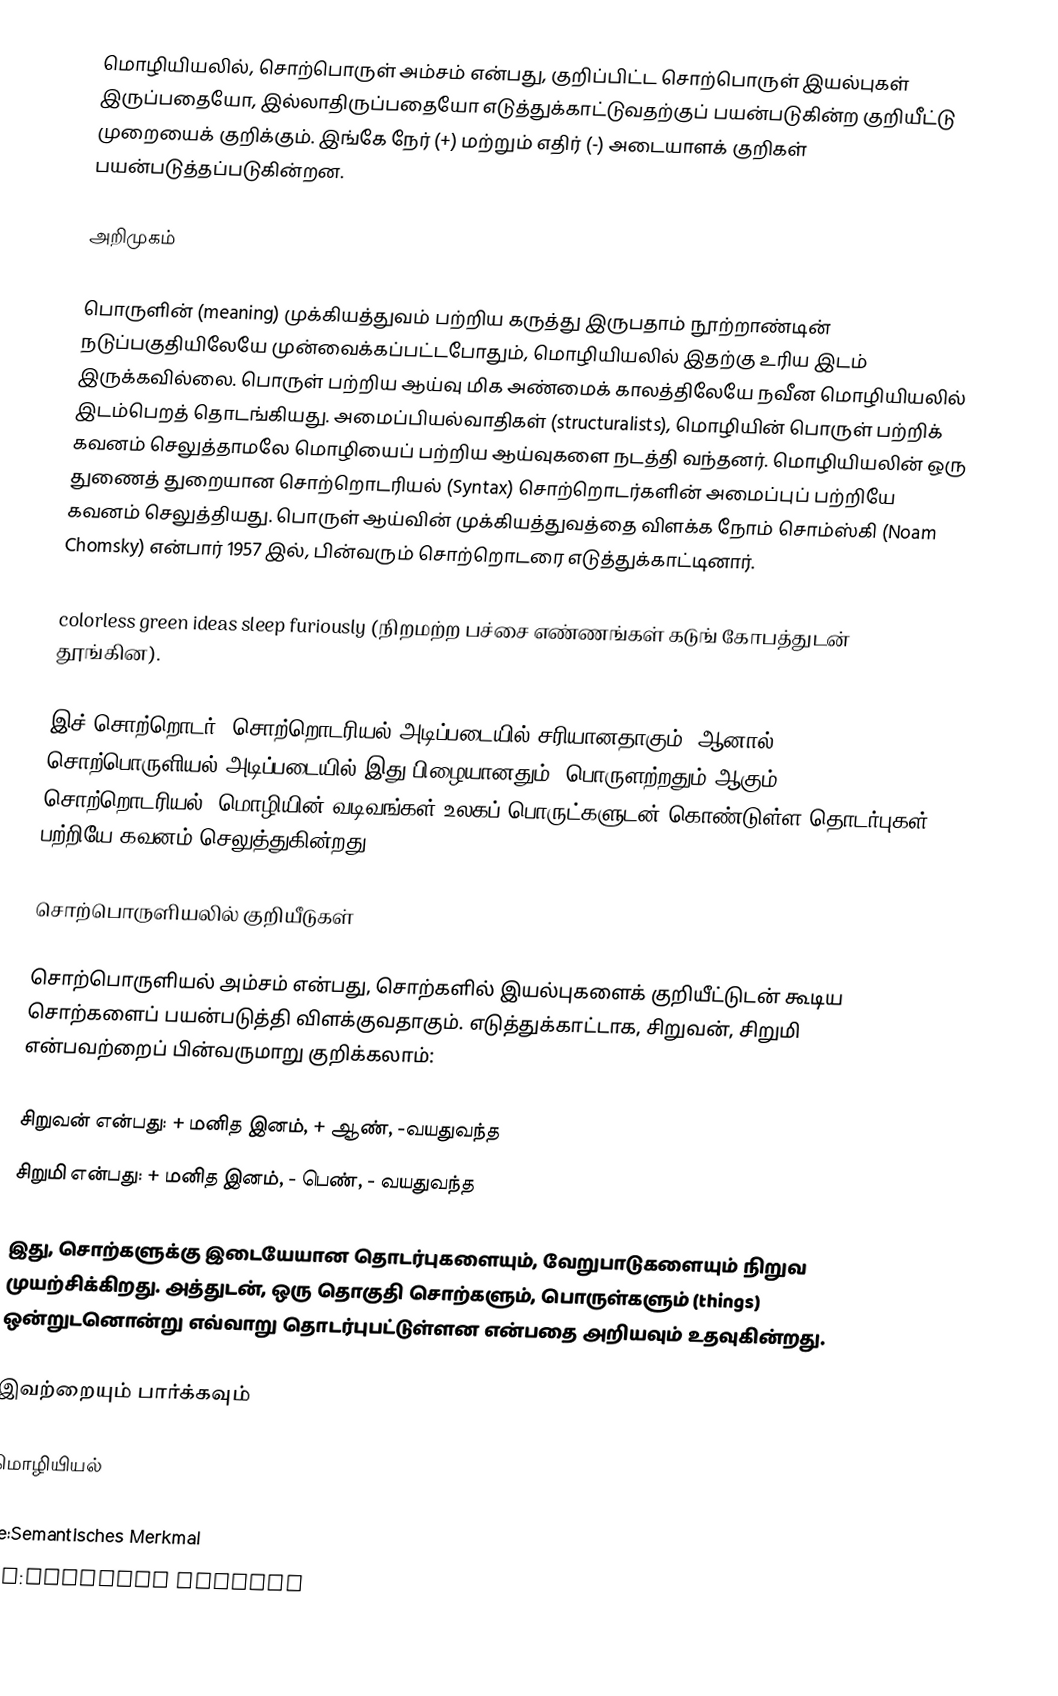
மொழியியலில், சொற்பொருள் அம்சம் என்பது, குறிப்பிட்ட சொற்பொருள் இயல்புகள் இருப்பதையோ, இல்லாதிருப்பதையோ எடுத்துக்காட்டுவதற்குப் பயன்படுகின்ற குறியீட்டு முறையைக் குறிக்கும். இங்கே நேர் (+) மற்றும் எதிர் (-) அடையாளக் குறிகள் பயன்படுத்தப்படுகின்றன.

அறிமுகம்

பொருளின் (meaning) முக்கியத்துவம் பற்றிய கருத்து இருபதாம் நூற்றாண்டின் நடுப்பகுதியிலேயே முன்வைக்கப்பட்டபோதும், மொழியியலில் இதற்கு உரிய இடம் இருக்கவில்லை. பொருள் பற்றிய ஆய்வு மிக அண்மைக் காலத்திலேயே நவீன மொழியியலில் இடம்பெறத் தொடங்கியது. அமைப்பியல்வாதிகள் (structuralists), மொழியின் பொருள் பற்றிக் கவனம் செலுத்தாமலே மொழியைப் பற்றிய ஆய்வுகளை நடத்தி வந்தனர். மொழியியலின் ஒரு துணைத் துறையான சொற்றொடரியல் (Syntax) சொற்றொடர்களின் அமைப்புப் பற்றியே கவனம் செலுத்தியது. பொருள் ஆய்வின் முக்கியத்துவத்தை விளக்க நோம் சொம்ஸ்கி (Noam Chomsky) என்பார் 1957 இல், பின்வரும் சொற்றொடரை எடுத்துக்காட்டினார்.

 colorless green ideas sleep furiously (நிறமற்ற பச்சை எண்ணங்கள் கடுங் கோபத்துடன் தூங்கின).

இச் சொற்றொடர், சொற்றொடரியல் அடிப்படையில் சரியானதாகும். ஆனால், சொற்பொருளியல் அடிப்படையில் இது பிழையானதும், பொருளற்றதும் ஆகும். சொற்றொடரியல், மொழியின் வடிவங்கள் உலகப் பொருட்களுடன் கொண்டுள்ள தொடர்புகள் பற்றியே கவனம் செலுத்துகின்றது.

சொற்பொருளியலில் குறியீடுகள்

சொற்பொருளியல் அம்சம் என்பது, சொற்களில் இயல்புகளைக் குறியீட்டுடன் கூடிய சொற்களைப் பயன்படுத்தி விளக்குவதாகும். எடுத்துக்காட்டாக, சிறுவன், சிறுமி என்பவற்றைப் பின்வருமாறு குறிக்கலாம்:

 சிறுவன் என்பது: + மனித இனம், + ஆண், -வயதுவந்த
 சிறுமி என்பது: + மனித இனம், - பெண், - வயதுவந்த

இது, சொற்களுக்கு இடையேயான தொடர்புகளையும், வேறுபாடுகளையும் நிறுவ முயற்சிக்கிறது. அத்துடன், ஒரு தொகுதி சொற்களும், பொருள்களும் (things) ஒன்றுடனொன்று எவ்வாறு தொடர்புபட்டுள்ளன என்பதை அறியவும் உதவுகின்றது.

இவற்றையும் பார்க்கவும்

மொழியியல்

de:Semantisches Merkmal
en:Semantic feature